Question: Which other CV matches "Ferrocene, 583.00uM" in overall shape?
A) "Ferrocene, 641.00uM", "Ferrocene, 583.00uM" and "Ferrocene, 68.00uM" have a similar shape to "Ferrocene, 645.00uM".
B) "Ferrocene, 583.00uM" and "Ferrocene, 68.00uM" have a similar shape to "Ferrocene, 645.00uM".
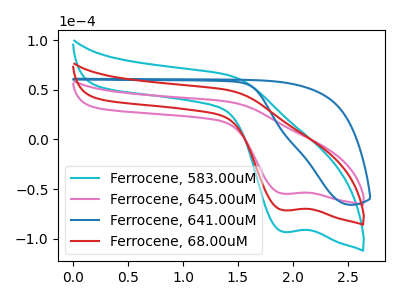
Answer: <think>The cyan curve "Ferrocene, 583.00uM" has a cathodic peak at: (1.90V, -142.75uA). The pink curve "Ferrocene, 645.00uM" has a cathodic peak at: (1.90V, -54.70uA). The blue curve "Ferrocene, 641.00uM" has no peaks. The red curve "Ferrocene, 68.00uM" has a cathodic peak at: (1.90V, -71.40uA).
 All the peaks in "Ferrocene, 583.00uM" have a peak in "Ferrocene, 645.00uM" at the same potential. Every peak in "Ferrocene, 583.00uM" is higher than every peak in "Ferrocene, 645.00uM". "Ferrocene, 583.00uM" and "Ferrocene, 641.00uM" have a different number of peaks. All the peaks in "Ferrocene, 583.00uM" have a peak in "Ferrocene, 68.00uM" at the same potential. Every peak in "Ferrocene, 583.00uM" is higher than every peak in "Ferrocene, 68.00uM". "Ferrocene, 645.00uM" and "Ferrocene, 641.00uM" have a different number of peaks. All the peaks in "Ferrocene, 645.00uM" have a peak in "Ferrocene, 68.00uM" at the same potential. Every peak in "Ferrocene, 645.00uM" is lower than every peak in "Ferrocene, 68.00uM". "Ferrocene, 641.00uM" and "Ferrocene, 68.00uM" have a different number of peaks.</think>
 <answer>B) "Ferrocene, 583.00uM" and "Ferrocene, 68.00uM" have a similar shape to "Ferrocene, 645.00uM".</answer>
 <eval>B</eval>